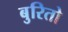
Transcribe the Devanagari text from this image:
बुरितो